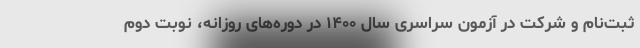
ثبت‌نام و شرکت در آزمون سراسری سال ۱۴۰۰ در دوره‌های روزانه، نوبت دوم